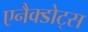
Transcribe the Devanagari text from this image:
एनैक्डोट्स